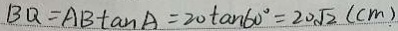
B Q = A B \tan A = 2 0 \tan 6 0 ^ { \circ } = 2 0 \sqrt { 2 } ( c m )